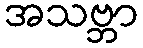
အသဗ္ဘာ